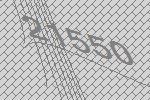
21550